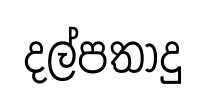
දල්පතාදු